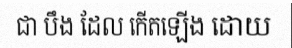
ជា បឹង ដែល កើតឡើង ដោយ